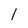
Character: I